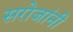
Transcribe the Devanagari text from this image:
सरोजांनी